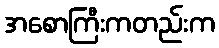
အစောကြီးကတည်းက